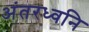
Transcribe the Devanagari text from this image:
अंतरध्वनि